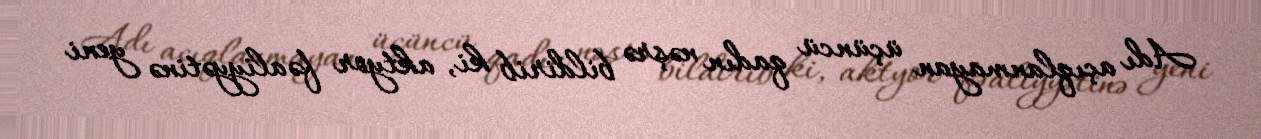
Adı açıqlanmayan üçüncü qadın nəşrə bildirib ki, aktyor fəaliyyətinə yeni